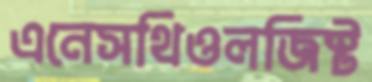
এনেসথিওলজিস্ট